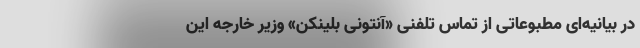
در بیانیه‌ای مطبوعاتی از تماس تلفنی «آنتونی بلینکن» وزیر خارجه این